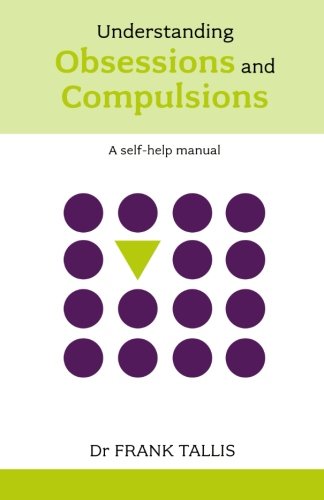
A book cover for Understanding Obsessions and Compulsions (Overcoming common problems); Frank Tallis; Health, Fitness & Dieting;